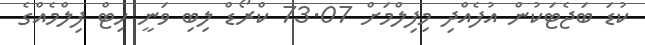
ކުޑަ ބަޖެޓަކުން އުފެއްދި މިފިލްމަށް 73.07 ކްރޯޑް ލިބި ވަނީ ހިޓް ފިލްމެއްގެ